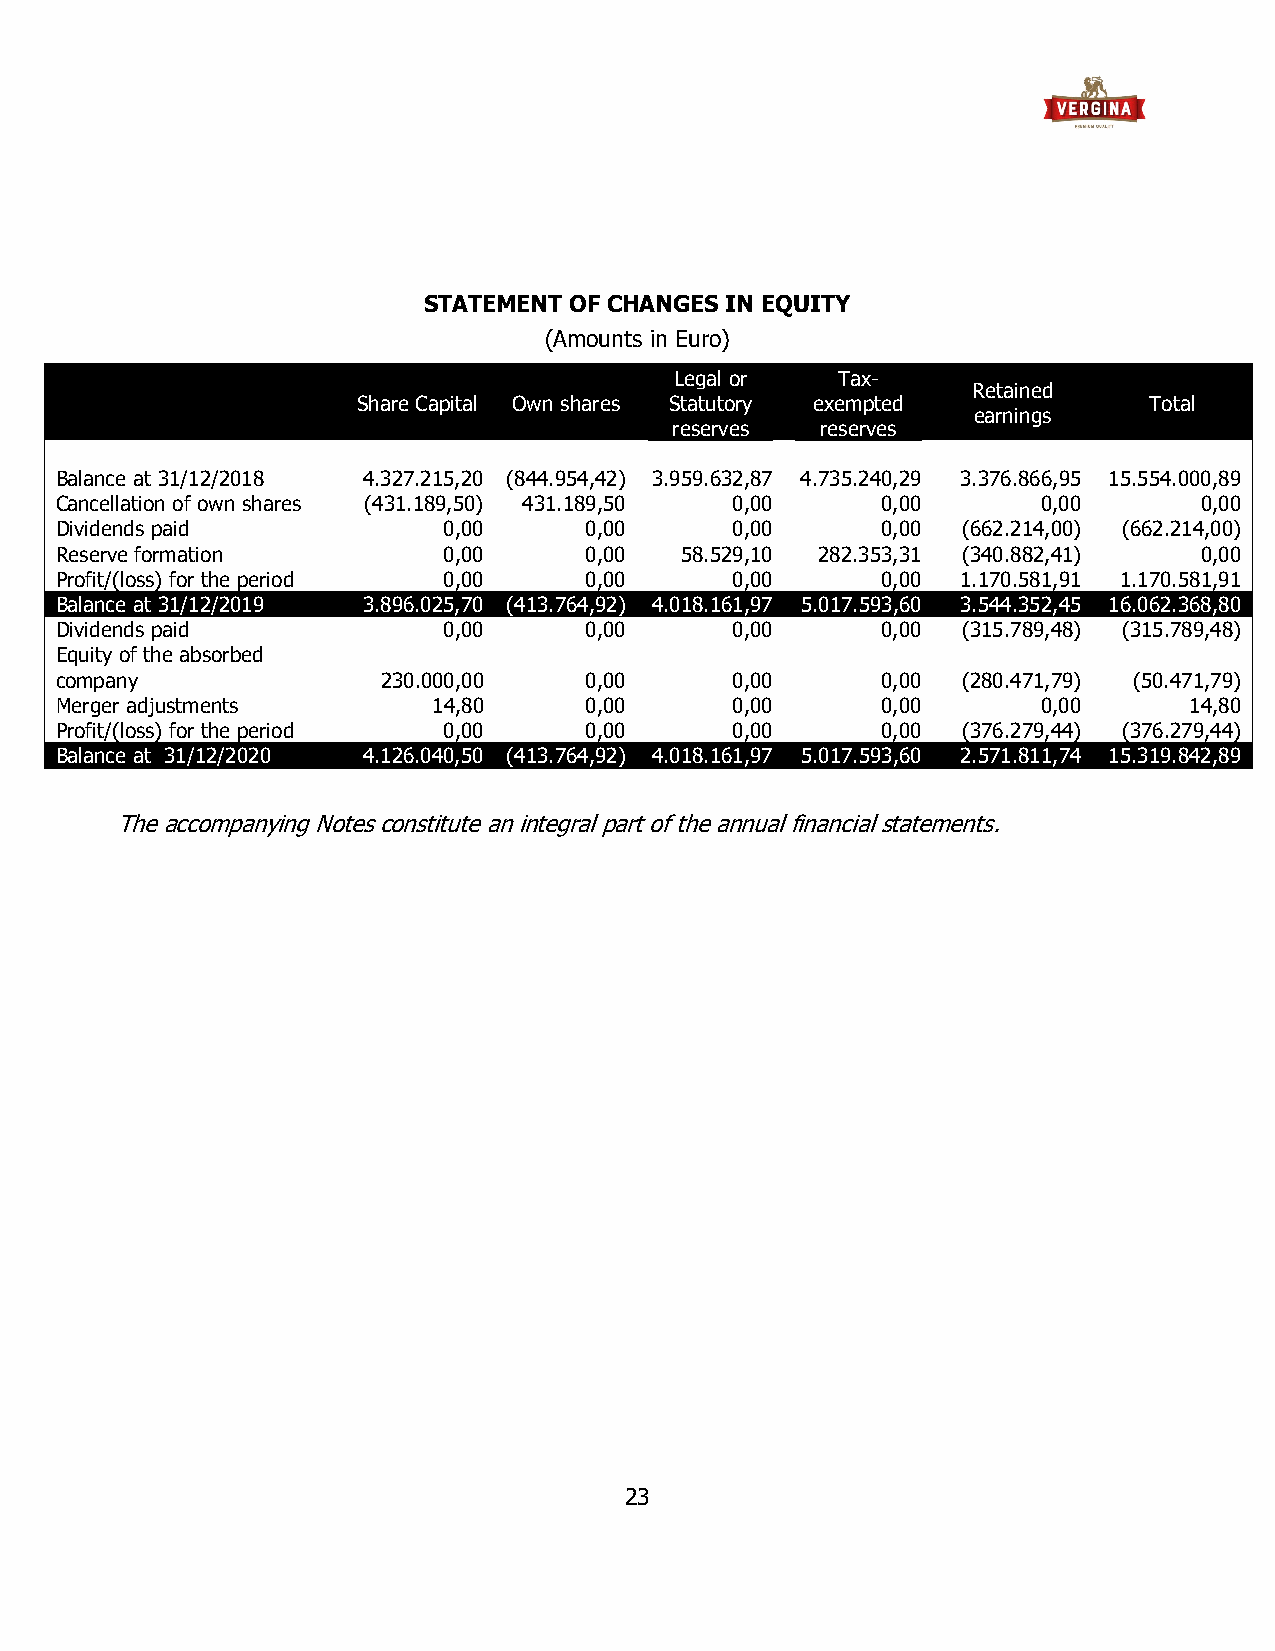
STATEMENT OF CHANGES IN EQUITY
 (Amounts in Euro)
 Legal or  Tax-
 Retained
 Share Capital Own shares Statutory exempted         Total
 earnings
 reserves  reserves
 Balance at 31/12/2018 4.327.215,20 (844.954,42) 3.959.632,87 4.735.240,29 3.376.866,95 15.554.000,89
 Cancellation of own shares (431.189,50) 431.189,50 0,00 0,00     0,00      0,00
 Dividends paid           0,00      0,00     0,00      0,00  (662.214,00) (662.214,00)
 Reserve formation        0,00      0,00  58.529,10 282.353,31 (340.882,41) 0,00
 Profit/(loss) for the period 0,00  0,00     0,00      0,00  1.170.581,91 1.170.581,91
 Balance at 31/12/2019 3.896.025,70 (413.764,92) 4.018.161,97 5.017.593,60 3.544.352,45 16.062.368,80
 Dividends paid           0,00      0,00     0,00      0,00  (315.789,48) (315.789,48)
 Equity of the absorbed
 company              230.000,00    0,00     0,00      0,00  (280.471,79) (50.471,79)
 Merger adjustments       14,80     0,00     0,00      0,00       0,00      14,80
 Profit/(loss) for the period 0,00  0,00     0,00      0,00  (376.279,44) (376.279,44)
 Balance at 31/12/2020 4.126.040,50 (413.764,92) 4.018.161,97 5.017.593,60 2.571.811,74 15.319.842,89
 The accompanying Notes constitute an integral part of the annual financial statements.
 23